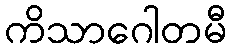
ကိသာဂေါတမီ